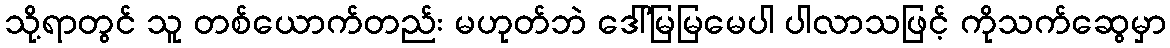
သို့ရာတွင် သူ တစ်ယောက်တည်း မဟုတ်ဘဲ ဒေါ်မြမြမေပါ ပါလာသဖြင့် ကိုသက်ဆွေမှာ